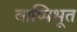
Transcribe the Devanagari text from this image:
वाष्पिभूत